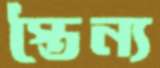
স্তৈন্য